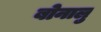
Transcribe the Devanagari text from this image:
बोनालु